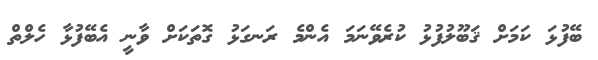
ބޭފުޅަ ކަމަށް ޤަބޫލުފުޅު ކުރެވޭނަމަ އެންމެ ރަނގަޅު ގޮތަކަށް ވާނީ އެބޭފުޅާ ހެލްތް